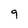
Character: 9